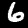
Label: 6